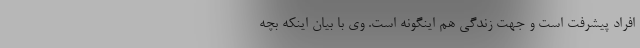
افراد پیشرفت است و جهت زندگی هم اینگونه است. وی با بیان اینکه بچه